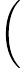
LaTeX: \bigg(